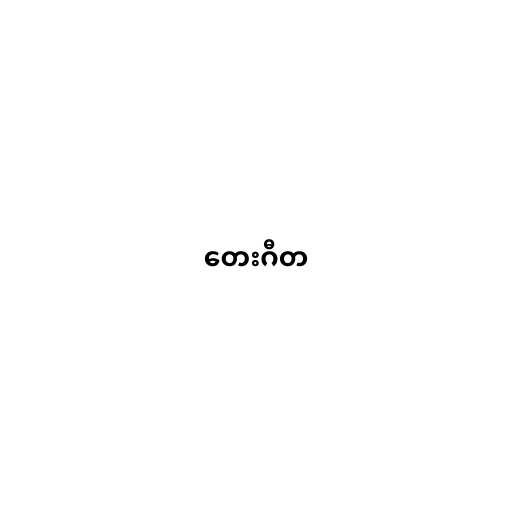
တေးဂီတ